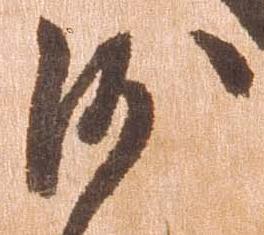
沙